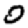
Digit: 0